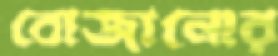
বোজানোর